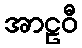
အာဠဝီ